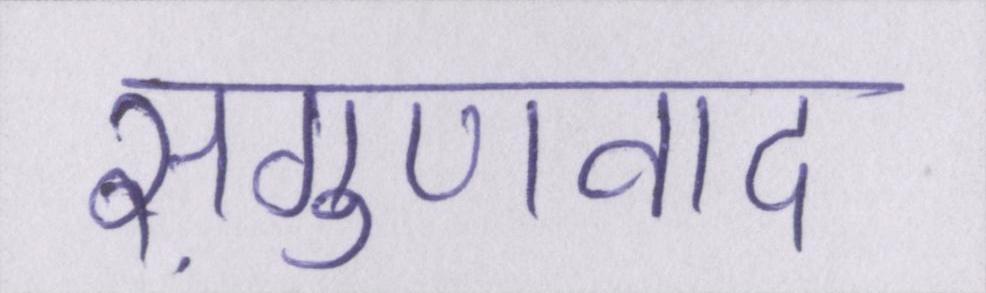
सगुणवाद